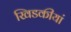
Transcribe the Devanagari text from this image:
खिडकीयां